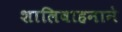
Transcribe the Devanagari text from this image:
शालिवाहनाने